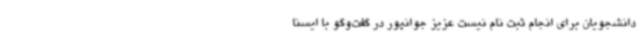
دانشجویان برای انجام ثبت نام نیست عزیز جوانپور در گفت‌وگو با ایسنا